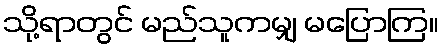
သို့ရာတွင် မည်သူကမျှ မပြောကြ။